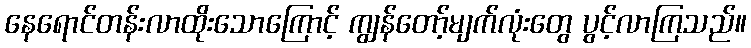
နေရောင်တန်းလာထိုးသောကြောင့် ကျွန်တော့်မျက်လုံးတွေ ပွင့်လာကြသည်။